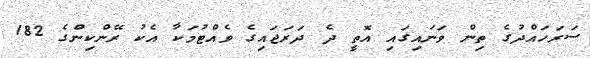
ސަރަހައްދުގެ ތިން ވަނައިގައި އޮތީ ދެ ދަރަޖައިގެ ވެއްޓުމަކާ އެކު ރޭންކިންގެ 182